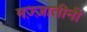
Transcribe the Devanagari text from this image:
मज़्ज़ातीनी